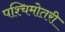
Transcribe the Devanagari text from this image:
पश्चिमोतरी